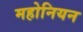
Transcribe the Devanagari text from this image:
महोनियन